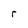
Character: r